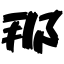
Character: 那